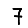
Digit: 7